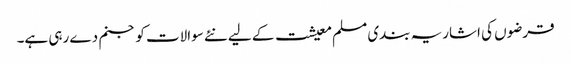
قرضوں کی اشاریہ بندی مسلم معیشت کے لیے نئے سوالات کو جنم دے رہی ہے۔